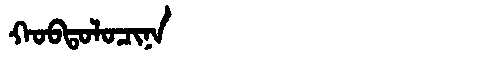
Manchu: ᡴᠣᠪᡨᠣᠯᠣᠴᡳᠨᠠ
Romanization: KOBTOLOCINA